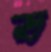
ভ